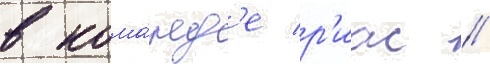
в кома́нд'е р'иас //